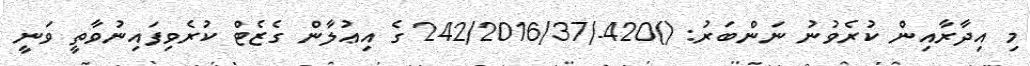
މި އިދާރާއިން ކުރެވުނު ނަންބަރު: ()420-/242/2016/37 ގެ އިޢުލާން ގެޒެޓް ކުރެވިފައިނުވާތީ ވަނީ